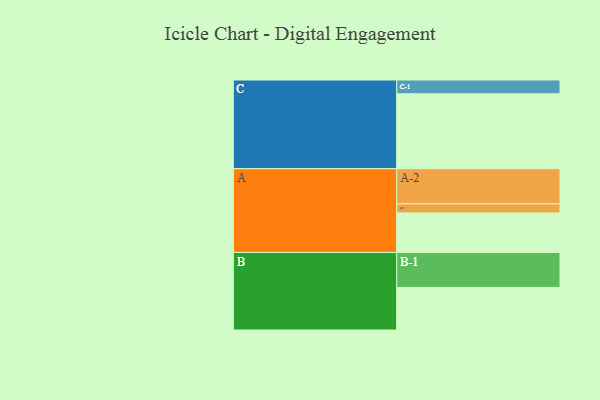
{"axis": {"x": "Segment", "y": "Value"}, "legend": ["", "A", "B", "C"], "data": [{"x": "A", "y": 301, "type": ""}, {"x": "B", "y": 324, "type": ""}, {"x": "C", "y": 570, "type": ""}, {"x": "A-1", "y": 69, "type": "A"}, {"x": "A-2", "y": 267, "type": "A"}, {"x": "B-1", "y": 266, "type": "B"}, {"x": "C-1", "y": 105, "type": "C"}]}